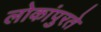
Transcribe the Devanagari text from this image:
लोकांपुरते